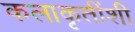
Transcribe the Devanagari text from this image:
कलाकृतींशी